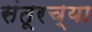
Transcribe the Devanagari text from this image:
संतूरच्या